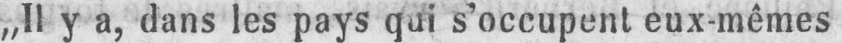
„Il y a, dans les pays qui s’occupent eux-mêmes